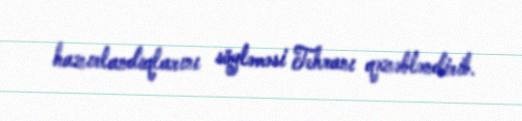
hazırlandıqlarını söyləməsi Tehranı qəzəbləndirib.